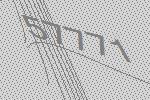
57771